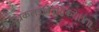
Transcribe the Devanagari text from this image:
पुत्रकलत्रविवृद्धिकरे॥४॥